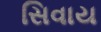
સિવાય